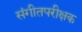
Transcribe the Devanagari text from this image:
संगीतपरीक्षक